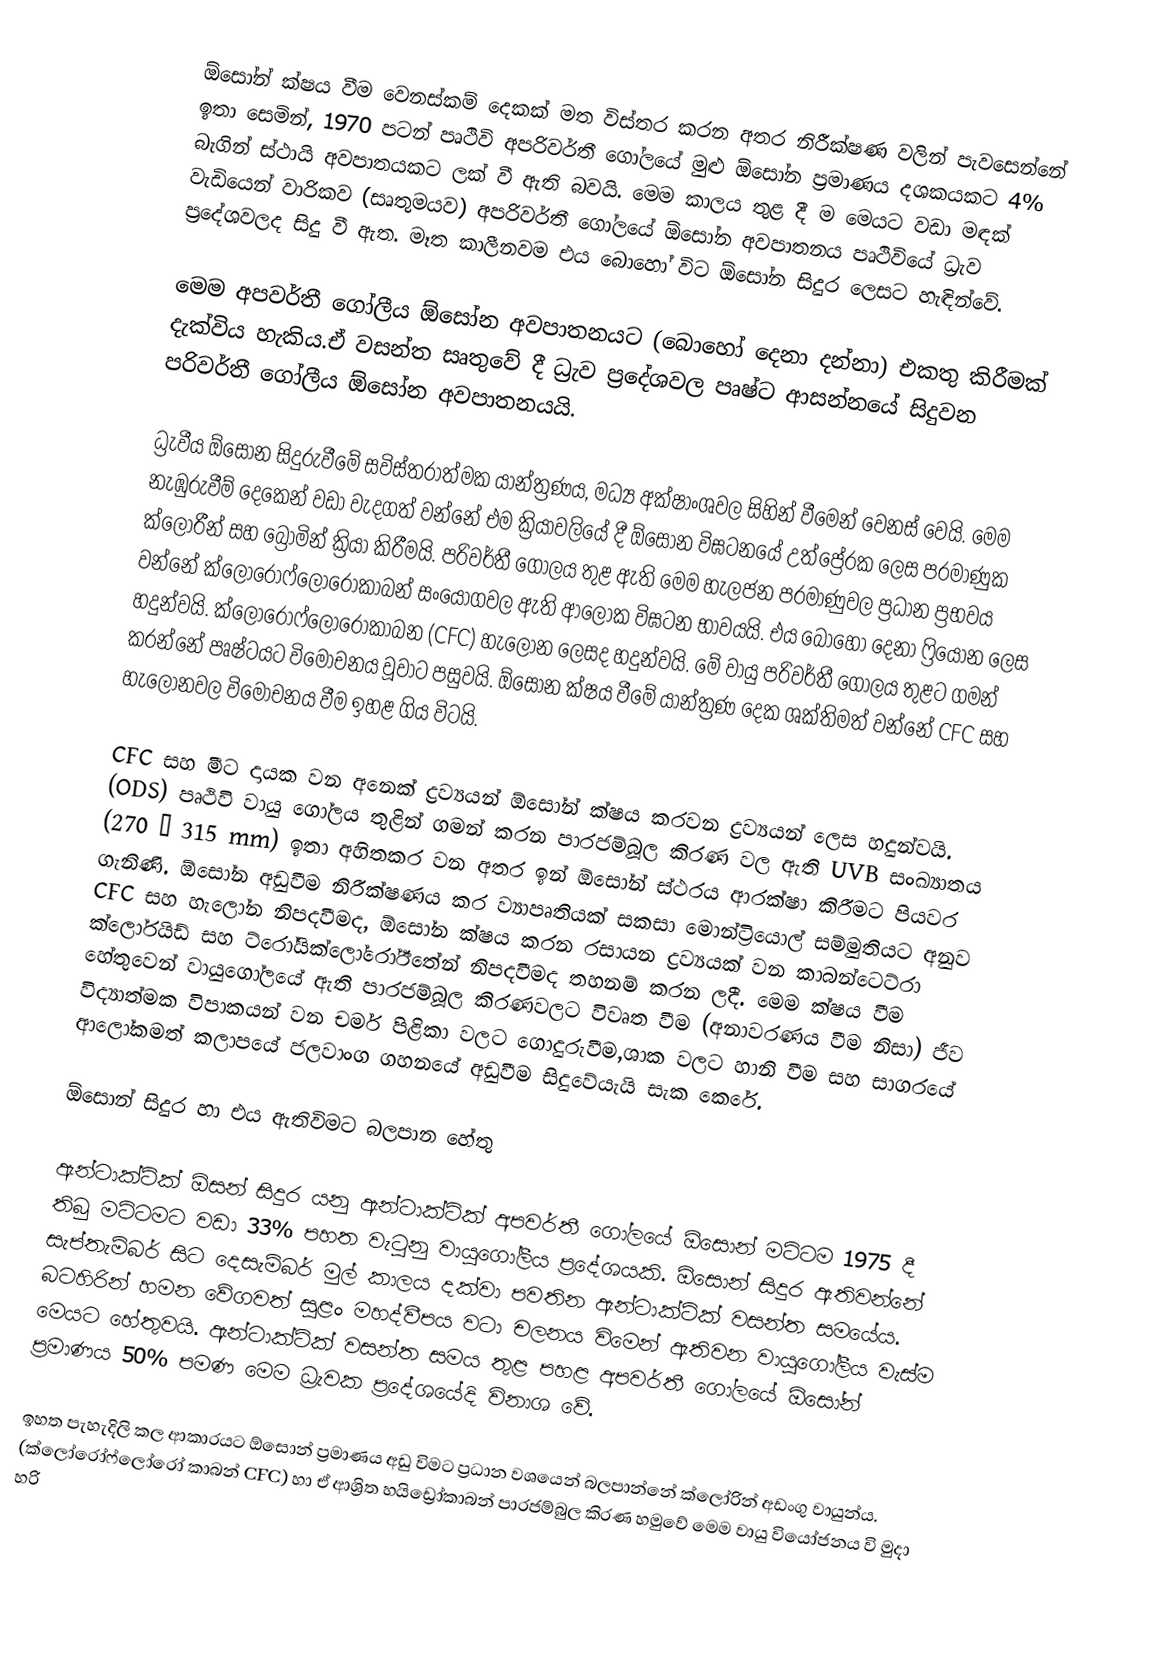
ඕසෝන් ක්ෂය වීම වෙනස්කම් දෙකක් මත විස්තර කරන අතර නිරීක්ෂණ වලින් පැවසෙන්නේ ඉතා සෙමින්, 1970 පටන් පෘථිවි අපරිවර්තී ගෝලයේ මුළු ඕසෝන ප්‍රමාණය දශකයකට 4% බැගින් ස්ථායි අවපාතයකට ලක් වී ඇති බවයි. මෙම කාලය තුළ දී ම මෙයට වඩා මඳක් වැඩියෙන් වාරිකව (සෘතුමයව) අපරිවර්තී ගෝලයේ ඕසෝන අවපාතනය පෘථිවියේ ධ්‍රැව ප්‍රදේශවලද සිදු වී ඇත. මෑත කාලීනවම එය බොහෝ විට ඕසෝන සිදුර ලෙසට හැඳින්වේ.

මෙම අපවර්තී ගෝලීය ඕසෝන අවපාතනයට (බොහෝ දෙනා දන්නා) එකතු කිරීමක් දැක්විය හැකිය.ඒ වසන්ත සෘතුවේ දී ධ්‍රැව ප්‍රදේශවල පෘෂ්ට ආසන්නයේ  සිදුවන පරිවර්තී ගෝලීය ඕසෝන අවපාතනයයි.

ධ්‍රැවීය ඕසෝන සිදුරුවීමේ සවිස්තරාත්මක යාන්ත්‍රණය, මධ්‍ය අක්ෂාංශවල සිහින් වීමෙන් වෙනස් වෙයි. මෙම නැඹුරුවීම් දෙකෙන් වඩා වැදගත් වන්නේ එම ක්‍රියාවලියේ දී ඕසෝන විඝටනයේ උත්ප්‍රේරක ලෙස පරමාණුක ක්ලෝරීන් සහ බ්‍රෝමින් ක්‍රියා කිරීමයි. පරිවර්තී ගෝලය තුළ ඇති මෙම හැලජන පරමාණුවල ප්‍රධාන ප්‍රභවය වන්නේ ක්ලෝරෝෆ්ලෝරෝකාබන් සංයෝගවල ඇති ආලෝක විඝටන භාවයයි. එය බොහෝ දෙනා ෆ්‍රියෝන ලෙස හදුන්වයි. ක්ලෝරෝෆ්ලෝරෝකාබන (CFC) හැලෝන ලෙසද හදුන්වයි. මේ වායු පරිවර්තී ගෝලය තුළට ගමන් කරන්නේ පෘෂ්ටයට විමෝචනය වූවාට පසුවයි. ඕසෝන ක්ෂය වීමේ යාන්ත්‍රණ දෙක ශක්තිමත් වන්නේ CFC සහ හැලෝනවල විමෝචනය වීම ඉහළ ගිය විටයි.

CFC සහ මීට දායක වන අනෙක් ද්‍රව්‍යයන් ඕසෝන් ක්ෂය කරවන ද්‍රව්‍යයන් ලෙස හදුන්වයි. (ODS) පෘථිවි වායු ගෝලය තුළින් ගමන් කරන පාරජම්බූල කිරණ වල ඇති UVB සංඛ්‍යාතය (270 – 315 mm) ඉතා අහිතකර වන අතර ඉන් ඕසෝන් ස්ථරය ආරක්ෂා කිරීමට පියවර ගැනිණි. ඕසෝන අඩුවීම නිරීක්ෂණය කර ව්‍යාපෘතියක් සකසා මොන්ට්‍රියොල් සම්මුතියට අනුව CFC සහ හැලෝන නිපදවීමද, ඕසෝන ක්ෂය කරන රසායන ද්‍රව්‍යයක් වන කාබන්ටෙට්රා ක්ලෝරයිඩ් සහ ට්රෝයික්ලෝරෝඊතේන් නිපදවීමද තහනම් කරන ලදී. මෙම ක්ෂය වීම හේතුවෙන් වායුගෝලයේ ඇති පාරජම්බූල කිරණවලට විවෘත වීම (අනාවරණය වීම නිසා) ජීව විද්‍යාත්මක විපාකයන් වන චර්ම පිළිකා වලට ගොදුරුවීම,ශාක වලට හානි වීම සහ සාගරයේ ආලෝකමත් කලාපයේ ජලවාංග ගහනයේ අඩුවීම සිදුවේයැයි සැක කෙරේ.

ඕසොන් සිදුර හා එය ඇතිවිමට බලපාන හේතු

ඇන්ටාක්ටික් ඕසන් සිදුර යනු ඇන්ටාක්ටික් අපවර්තී ගෝලයේ ඕ‍සොන් මට්ටම 1975 දී තිබු මට්ටමට වඩා 33% පහත වැටුනු වායුගෝලීය ප්‍රදේශයකි. ඕසොන් සිදුර ඇතිවන්නේ සැප්තැම්බර් සිට දෙසැම්බර් මුල් කාලය දක්වා පවතින ඇන්ටාක්ටික් වසන්ත සමයේය. බටහිරින් හමන වේගවත් සුළං මහද්වීපය වටා චලනය විමෙන් ඇතිවන වායුගෝලීය වැස්ම මෙයට හේතුවයි. ඇන්ටාක්ටික් වසන්ත සමය තුළ පහළ අපවර්තී ගෝලයේ ‍ඕසෝන් ප්‍රමාණය 50% පමණ මෙම ධ්‍රැවක ප්‍රදේශයේදි විනාශ වේ.

ඉහත පැහැදිලි කල ආකාරයට ඕසොන් ප්‍රමාණය අඩු විමට ප්‍රධාන වශයෙන් බලපාන්නේ ක්ලෝරින් අඩංගු වායුන්ය. (ක්ලෝරෝෆ්ලෝරෝ කාබන් CFC) හා ඒ ආශ්‍රිත හයිඩ්‍රෝකාබන් පාරජම්බුල කිරණ හමුවේ මෙම වායු වියෝජනය වි මුදා හරි